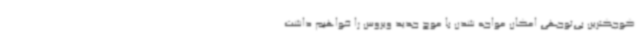
کوچکترین بی‌توجهی امکان مواجه شدن با موج جدید ویروس را خواهیم داشت